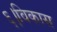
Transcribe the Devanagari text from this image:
६।विकास